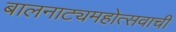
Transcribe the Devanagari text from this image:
बालनाट्यमहोत्सवाची